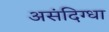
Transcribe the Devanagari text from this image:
असंदिग्धा